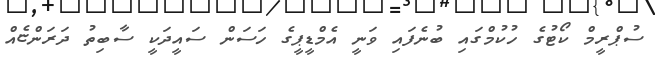
ސުޕްރީމް ކޯޓުގެ ހުކުމްގައި ބުނެފައި ވަނީ އެމްޑީޕީގެ ހަސަން ސައީދަކީ ސާބިތު ދަރަންޏެއް